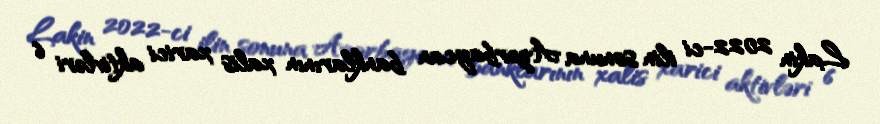
Lakin 2022-ci ilin sonuna Azərbaycan banklarının xalis xarici aktivləri 6